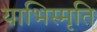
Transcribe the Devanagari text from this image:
याभिस्मृति